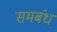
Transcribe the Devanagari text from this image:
समबंध